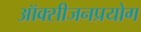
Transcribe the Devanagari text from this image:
ऑक्सीजनप्रयोग